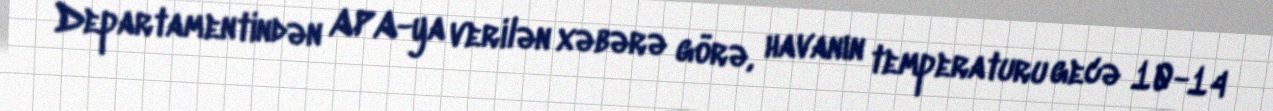
Departamentindən APA-ya verilən xəbərə görə, havanın temperaturu gecə 10-14